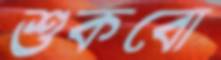
শুকবো